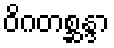
ဝိဂတစ္ဆန္ဒာ